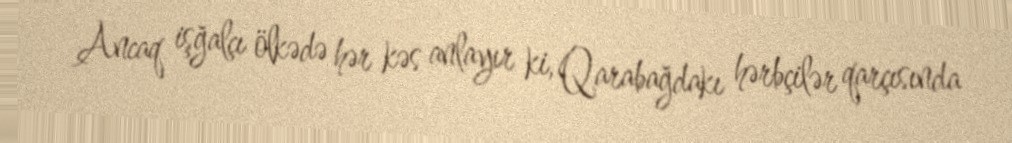
Ancaq işğalçı ölkədə hər kəs anlayır ki, Qarabağdakı hərbçilər qarçısında